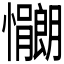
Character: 𫻠